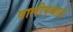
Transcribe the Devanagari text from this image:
वालीपश्चात